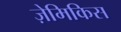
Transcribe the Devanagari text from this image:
ज़ेमिकिस